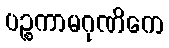
ပဉ္စကာမဂုဏိကေ